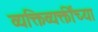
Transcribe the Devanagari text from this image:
व्यक्तिव्यक्तींच्या